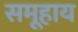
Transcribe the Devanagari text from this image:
समूहाय